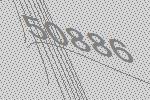
50886